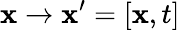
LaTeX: \mathbf{x}\to\mathbf{x}^{\prime}=[\mathbf{x},t]